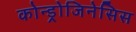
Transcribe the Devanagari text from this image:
कोन्ड्रोजिनेसिस